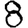
Digit: 8